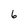
Character: 6